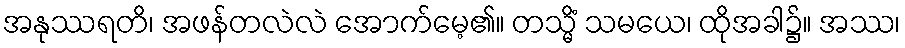
အနုဿရတိ၊ အဖန်တလဲလဲ အောက်မေ့၏။ တသ္မိံ သမယေ၊ ထိုအခါ၌။ အဿ၊